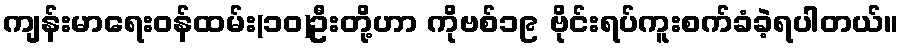
ကျန်းမာရေးဝန်ထမ်း(၁၀)ဦးတို့ဟာ ကိုဗစ်၁၉ ဗိုင်းရပ်ကူးစက်ခံခဲ့ရပါတယ်။